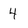
Character: 4